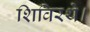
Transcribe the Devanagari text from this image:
शिविरथे।